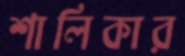
শালিকার